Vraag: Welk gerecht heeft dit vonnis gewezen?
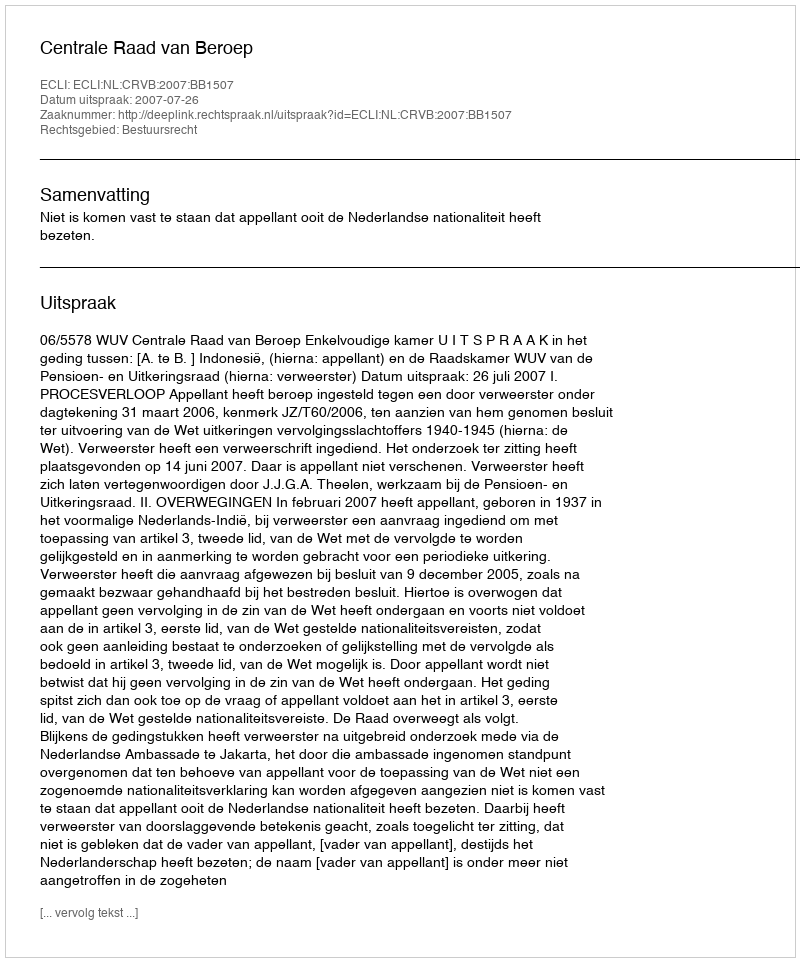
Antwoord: Centrale Raad van Beroep